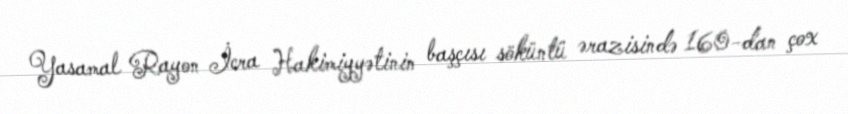
Yasamal Rayon İcra Hakimiyyətinin başçısı söküntü ərazisində 160-dan çox